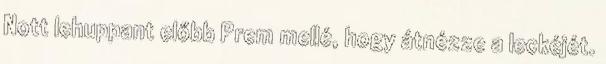
Nott lehuppant előbb Prem mellé, hogy átnézze a leckéjét.